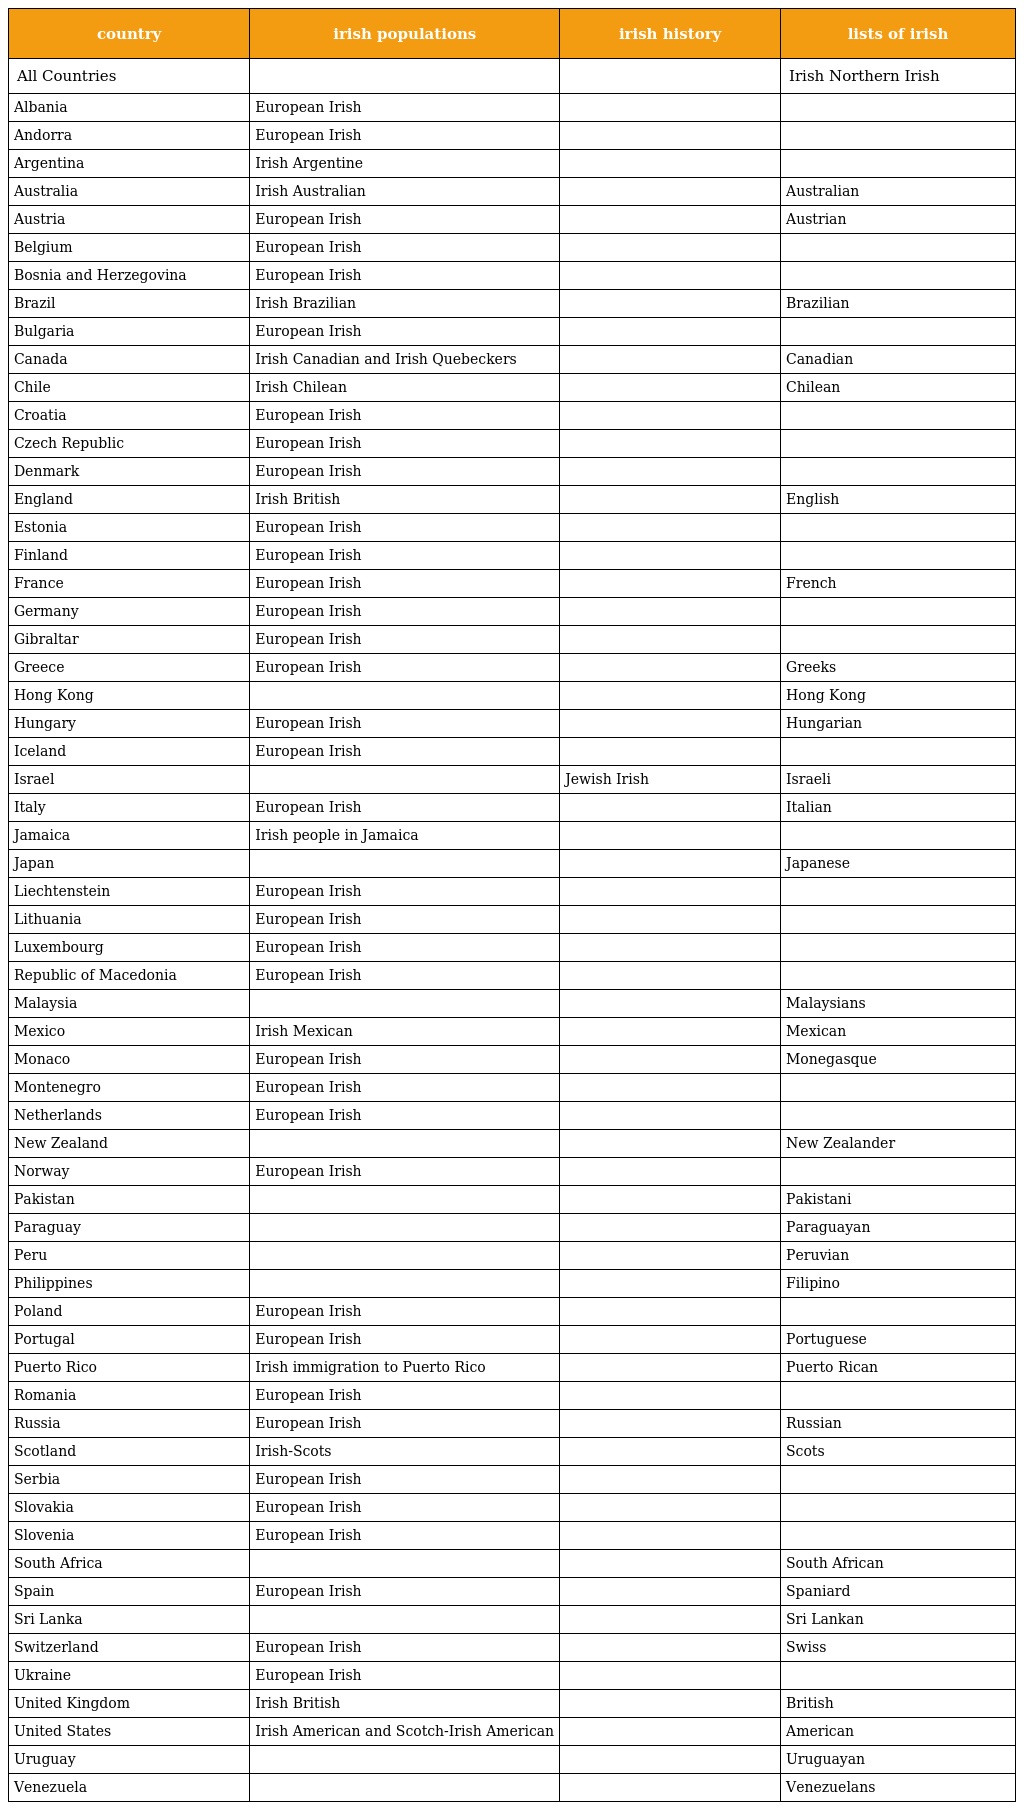
| country | irish populations | irish history | lists of irish |
 | --- | --- | --- | --- |
 | All Countries |  |  | Irish Northern Irish |
 | Albania | European Irish |  |  |
 | Andorra | European Irish |  |  |
 | Argentina | Irish Argentine |  |  |
 | Australia | Irish Australian |  | Australian |
 | Austria | European Irish |  | Austrian |
 | Belgium | European Irish |  |  |
 | Bosnia and Herzegovina | European Irish |  |  |
 | Brazil | Irish Brazilian |  | Brazilian |
 | Bulgaria | European Irish |  |  |
 | Canada | Irish Canadian and Irish Quebeckers |  | Canadian |
 | Chile | Irish Chilean |  | Chilean |
 | Croatia | European Irish |  |  |
 | Czech Republic | European Irish |  |  |
 | Denmark | European Irish |  |  |
 | England | Irish British |  | English |
 | Estonia | European Irish |  |  |
 | Finland | European Irish |  |  |
 | France | European Irish |  | French |
 | Germany | European Irish |  |  |
 | Gibraltar | European Irish |  |  |
 | Greece | European Irish |  | Greeks |
 | Hong Kong |  |  | Hong Kong |
 | Hungary | European Irish |  | Hungarian |
 | Iceland | European Irish |  |  |
 | Israel |  | Jewish Irish | Israeli |
 | Italy | European Irish |  | Italian |
 | Jamaica | Irish people in Jamaica |  |  |
 | Japan |  |  | Japanese |
 | Liechtenstein | European Irish |  |  |
 | Lithuania | European Irish |  |  |
 | Luxembourg | European Irish |  |  |
 | Republic of Macedonia | European Irish |  |  |
 | Malaysia |  |  | Malaysians |
 | Mexico | Irish Mexican |  | Mexican |
 | Monaco | European Irish |  | Monegasque |
 | Montenegro | European Irish |  |  |
 | Netherlands | European Irish |  |  |
 | New Zealand |  |  | New Zealander |
 | Norway | European Irish |  |  |
 | Pakistan |  |  | Pakistani |
 | Paraguay |  |  | Paraguayan |
 | Peru |  |  | Peruvian |
 | Philippines |  |  | Filipino |
 | Poland | European Irish |  |  |
 | Portugal | European Irish |  | Portuguese |
 | Puerto Rico | Irish immigration to Puerto Rico |  | Puerto Rican |
 | Romania | European Irish |  |  |
 | Russia | European Irish |  | Russian |
 | Scotland | Irish-Scots |  | Scots |
 | Serbia | European Irish |  |  |
 | Slovakia | European Irish |  |  |
 | Slovenia | European Irish |  |  |
 | South Africa |  |  | South African |
 | Spain | European Irish |  | Spaniard |
 | Sri Lanka |  |  | Sri Lankan |
 | Switzerland | European Irish |  | Swiss |
 | Ukraine | European Irish |  |  |
 | United Kingdom | Irish British |  | British |
 | United States | Irish American and Scotch-Irish American |  | American |
 | Uruguay |  |  | Uruguayan |
 | Venezuela |  |  | Venezuelans |